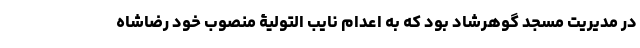
در مدیریت مسجد گوهرشاد بود که به اعدام نایب التولیۀ منصوب خود رضاشاه